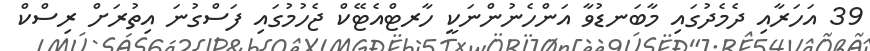
39 އަހަރާއި ދެމެދުގައި މާބަނޑުވާ އަންހެނުންނަކީ ހާރޓްއެޓޭކް ޖެހުމުގައި ފަސްގުނަ އިތުރަށް ރިސްކް